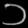
Digit: ၁